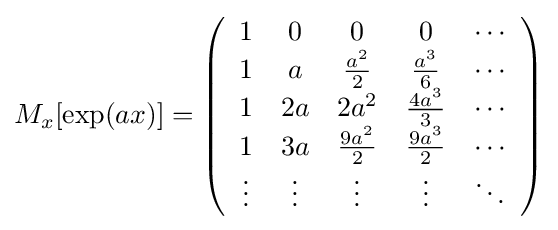
M_{x}[\exp(ax)]=\left({\begin{array}{ccccc}1&0&0&0&\cdots \\1&a&{\frac {a^{2}}{2}}&{\frac {a^{3}}{6}}&\cdots \\1&2a&2a^{2}&{\frac {4a^{3}}{3}}&\cdots \\1&3a&{\frac {9a^{2}}{2}}&{\frac {9a^{3}}{2}}&\cdots \\\vdots &\vdots &\vdots &\vdots &\ddots \end{array}}\right)